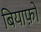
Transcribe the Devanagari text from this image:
बियाफ़ो